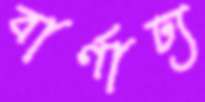
বার্ণাঢ্য